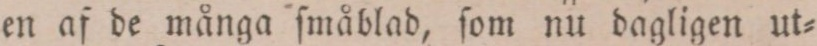
en af de många ſmåblad, ſom nu dagligen ut=